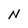
Character: N